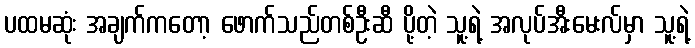
ပထမဆုံး အချက်ကတော့ ဖောက်သည်တစ်ဦးဆီ ပို့တဲ့ သူ့ရဲ့ အလုပ်အီးမေးလ်မှာ သူ့ရဲ့